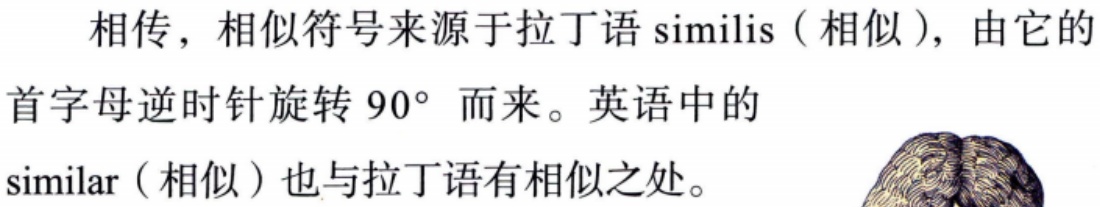
相传，相似符号来源于拉丁语similis（相似），由它的首字母逆时针旋转$90^{\circ}$而来。英语中的similar（相似）也与拉丁语有相似之处。